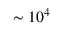
\sim 1 0 ^ { 4 }